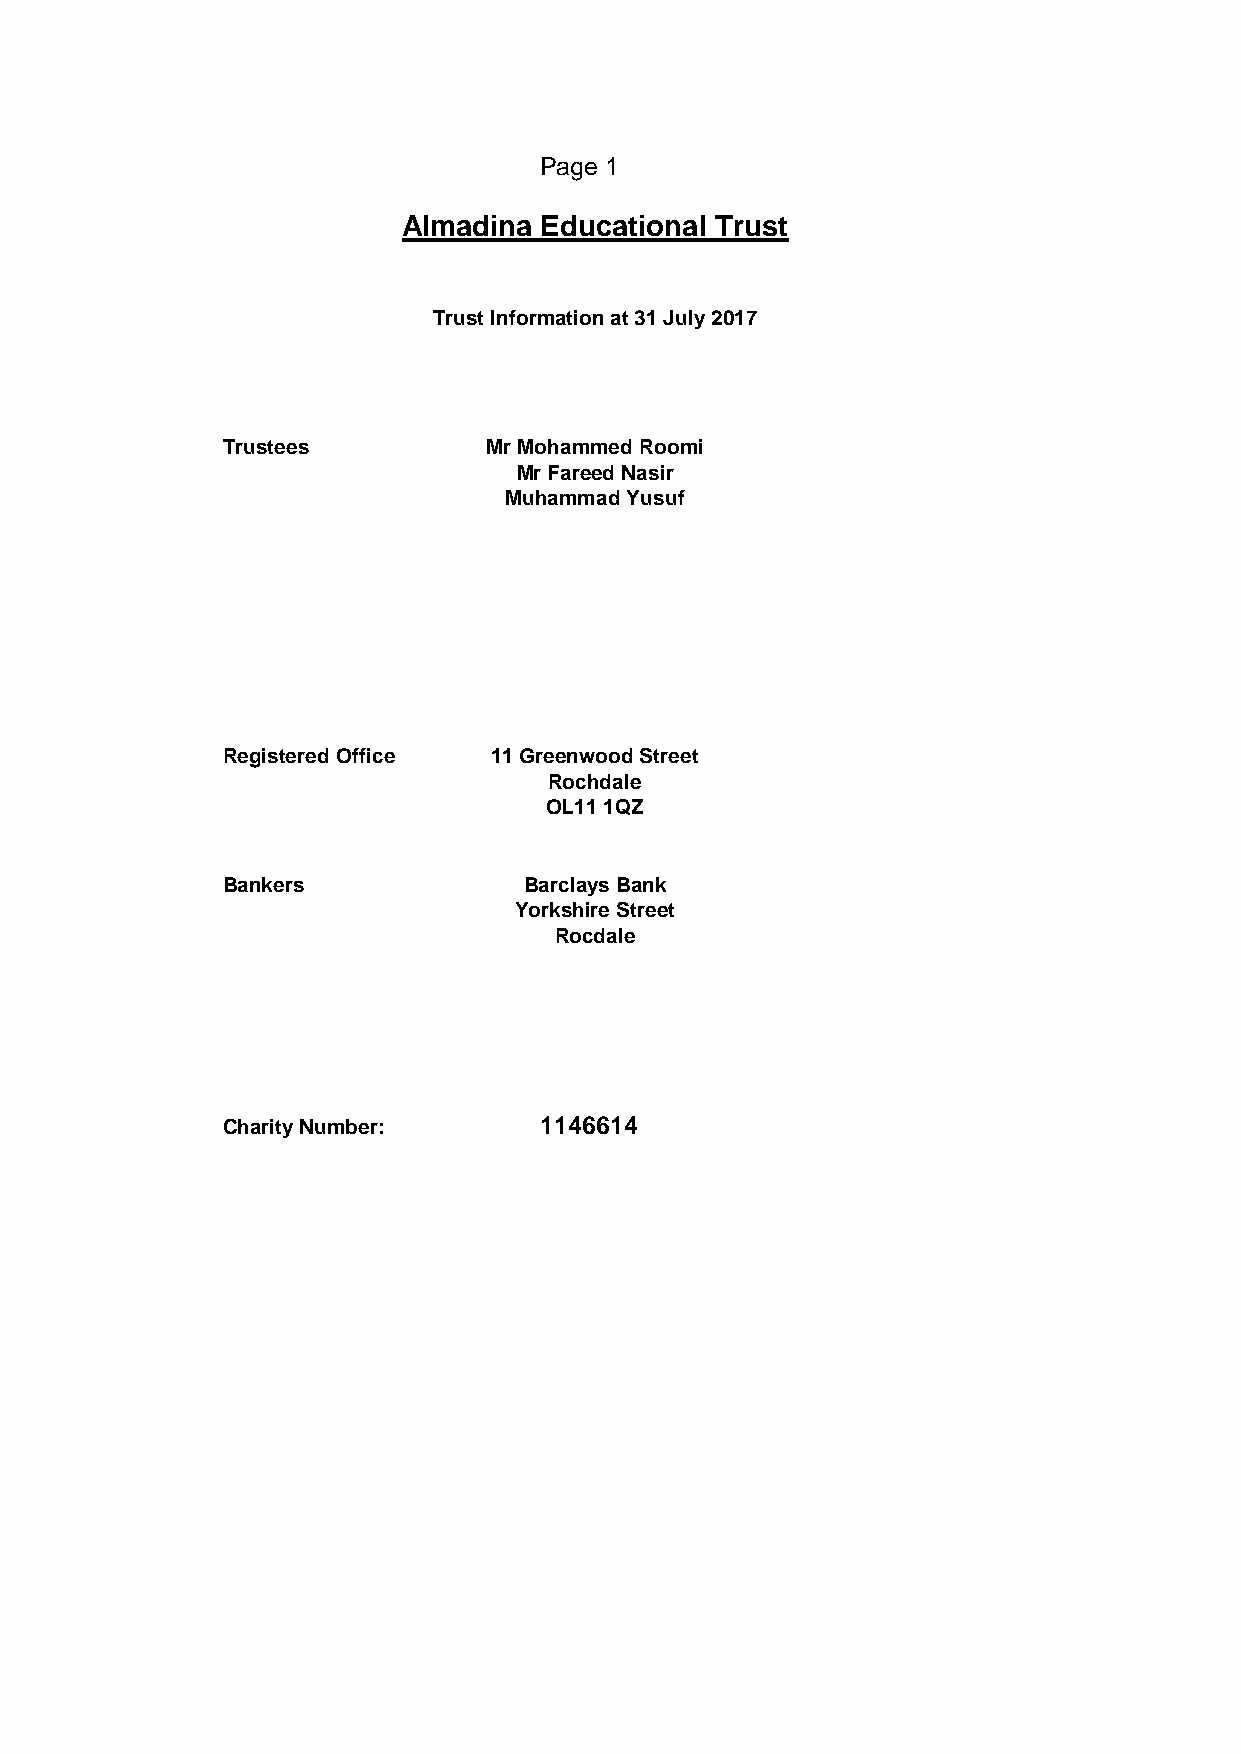
Page 1
 Almadina Educational Trust
 Trust Information at 31 July 2017
 Trustees         Mr Mohammed Roomi
 Mr Fareed Nasir
 Muhammad Yusuf
 Registered Office 11 Greenwood Street
 Rochdale
 OL11 1QZ
 Bankers             Barclays Bank
 Yorkshire Street
 Rocdale
 Charity Number:      1146614